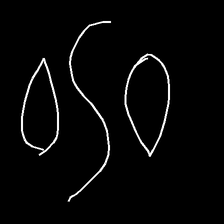
Glyph: water